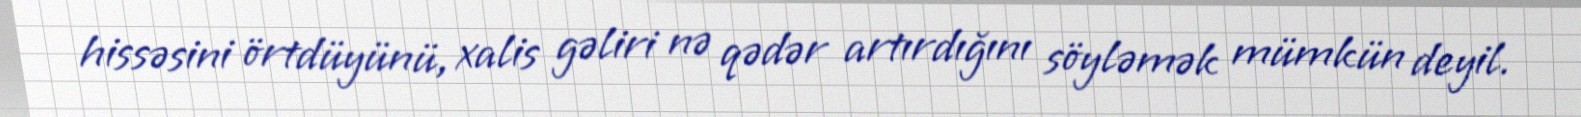
hissəsini örtdüyünü, xalis gəliri nə qədər artırdığını söyləmək mümkün deyil.